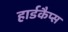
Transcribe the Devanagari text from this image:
हार्डकैप्स